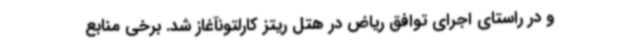
و در راستای اجرای توافق ریاض در هتل ریتز کارلتونآغاز شد. برخی منابع